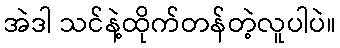
အဲဒါ သင်နဲ့ထိုက်တန်တဲ့လူပါပဲ။